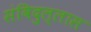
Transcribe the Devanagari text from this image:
संविदुल्लास